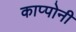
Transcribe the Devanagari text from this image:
काप्पोनी